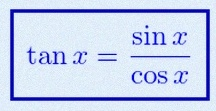
\tan x=\frac{\sin x}{\cos x}